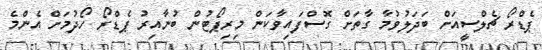
ޕެޑްރޯ ޗެލްސީއަށް ބަދަލުވުމާ ގާތަށް ގޮސްފައިވާކަން މިރިޕޯޓުން ބުނާއިރު ޕެޑްރޯ ހޯދުމަށް އެންމެ